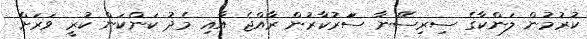
ކުރުމުން ލަންކާގެ ސިރިސޭނާ ސަަރުކާރުން ރާއްޖެ އާއި މެދު ކަންކަން ކުރީ ވަރަށް